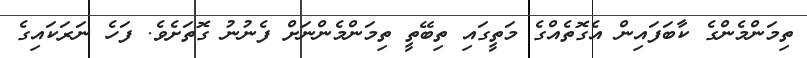
ތިމަންމެންގެ ކާބަފައިން އެގޮތެއްގެ މަތީގައި ތިބޭތީ ތިމަންމެންނަށް ފެނުނު ގޮތަށެވެ. ފަހެ ނަރަކައިގެ